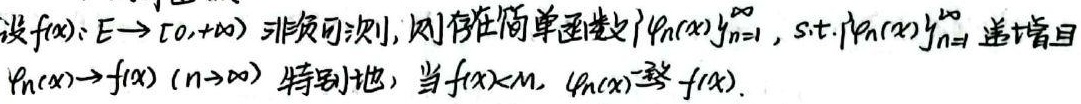
设\(f(x):E\rightarrow[0,+\infty)\)是非负可测函数，则存在简单函数列\(\{\varphi_n(x)\}_{n = 1}^{\infty}\)，使得\(\{\varphi_n(x)\}_{n = 1}^{\infty}\)递增且\(\varphi_n(x)\rightarrow f(x)\)（\(n\rightarrow\infty\)）。特别地，当\(f(x)<M\)时，\(\varphi_n(x)\xrightarrow{\text{一致}} f(x)\)。